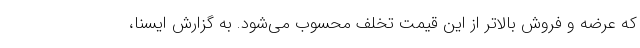
که عرضه و فروش بالاتر از این قیمت تخلف محسوب می‌شود. به گزارش ایسنا،